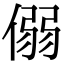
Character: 𪝟